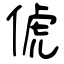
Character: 俿